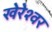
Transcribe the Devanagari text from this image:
खेरेश्वर